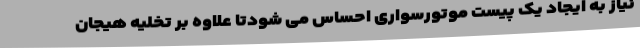
نیاز به ایجاد یک پیست موتورسواری احساس می شودتا علاوه بر تخلیه هیجان